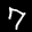
Label: 7